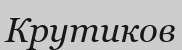
Крутиков